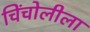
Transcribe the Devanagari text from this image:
चिंचोलीला